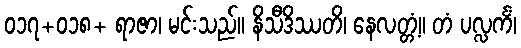
၀၁၇+၀၁၈+ ရာဇာ၊ မင်းသည်။ နိသီဒိဿတိ၊ နေလတ္တံ့။ တံ ပလ္လင်္ကံ၊